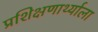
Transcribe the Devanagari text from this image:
प्रशिक्षणार्थ्याला